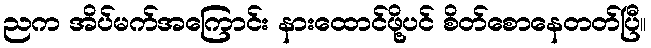
ညက အိပ်မက်အကြောင်း နားထောင်ဖို့ပင် စိတ်စောနေတတ်ပြီ။